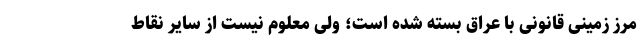
مرز زمینی قانونی با عراق بسته شده است؛ ولی معلوم نیست از سایر نقاط